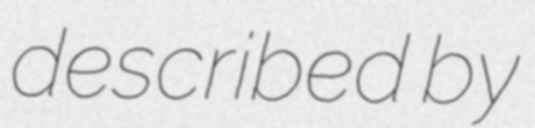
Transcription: described by